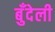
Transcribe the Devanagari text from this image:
बुँदेली